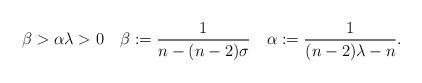
\begin{align*} \beta>\alpha\lambda>0 \quad \beta:=\frac{1}{n-(n-2)\sigma} \quad\alpha:=\frac{1}{(n-2)\lambda-n}. \end{align*}